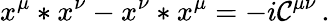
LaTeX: x^{\mu}*x^{\nu}-x^{\nu}*x^{\mu}=-i\mathcal{C}^{\mu\nu}\, .